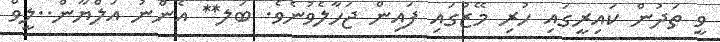
ވީ ތަދުން ކައިރީގައި ހުރި މޭޒުގައި ފައިން ޖަހާލެވުނެވެ. ބަލ** އެންނު އަލްޔާން..ލީވް